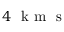
4 ~ \mathrm { ~ k ~ m ~ } \mathrm { ~ s ~ }